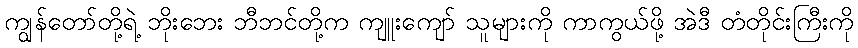
ကျွန်တော်တို့ရဲ့ ဘိုးဘေး ဘီဘင်တို့က ကျူးကျော် သူများကို ကာကွယ်ဖို့ အဲဒီ တံတိုင်းကြီးကို